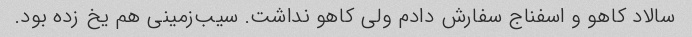
سالاد کاهو و اسفناج سفارش دادم ولی کاهو نداشت. سیب‌زمینی هم یخ زده بود.